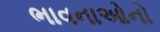
ભાવનાઓનો